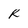
Character: R